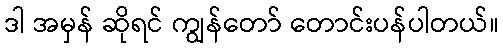
ဒါ အမှန် ဆိုရင် ကျွန်တော် တောင်းပန်ပါတယ်။